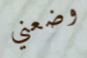
وضعني